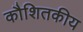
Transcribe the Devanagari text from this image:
कौशितकीय